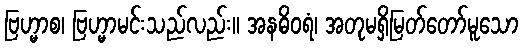
ဗြဟ္မာစ၊ ဗြဟ္မာမင်းသည်လည်း။ အနဓိဝရံ၊ အတုမရှိမြတ်တော်မူသော